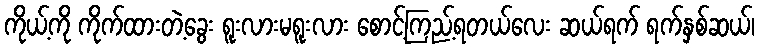
ကိုယ့်ကို ကိုက်ထားတဲ့ခွေး ရူးလားမရူးလား စောင့်ကြည့်ရတယ်လေး ဆယ်ရက် ရက်နှစ်ဆယ်၊